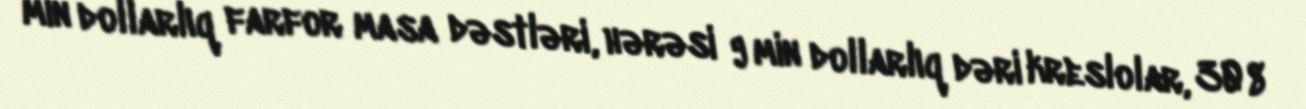
min dollarlıq farfor masa dəstləri, hərəsi 9 min dollarlıq dəri kreslolar, 308